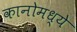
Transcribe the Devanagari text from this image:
कानोमध्ये